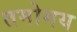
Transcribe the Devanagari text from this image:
तमोमय